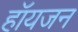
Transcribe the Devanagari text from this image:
हॉयजन